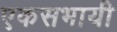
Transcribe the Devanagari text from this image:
एकसभायी